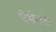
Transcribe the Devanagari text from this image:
पेमेंट्‌स